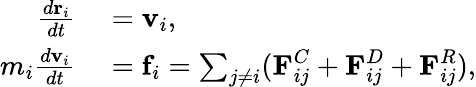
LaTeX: \begin{array}{rl}{\frac{d\textbf{r}_{i}}{dt}}&{{}=\textbf{v}_{i},}\\ {m_{i}\frac{d\textbf{v}_{i}}{dt}}&{{}=\textbf{f}_{i}=\sum_{j\neq i}(\textbf{F}_{ij}^{C}+\textbf{F}_{ij}^{D}+\textbf{F}_{ij}^{R}),}\end{array}